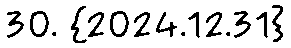
30. {2024.12.31}